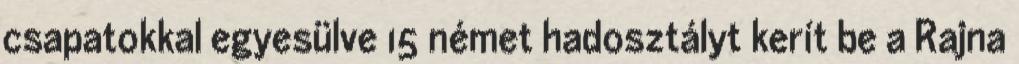
csapatokkal egyesülve 15 német hadosztályt kerít be a Rajna